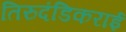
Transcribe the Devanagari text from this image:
तिरुदंडिकराई